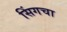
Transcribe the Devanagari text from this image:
सिंगचा